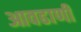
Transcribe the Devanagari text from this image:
आवढाणी